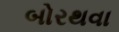
બોરથવા